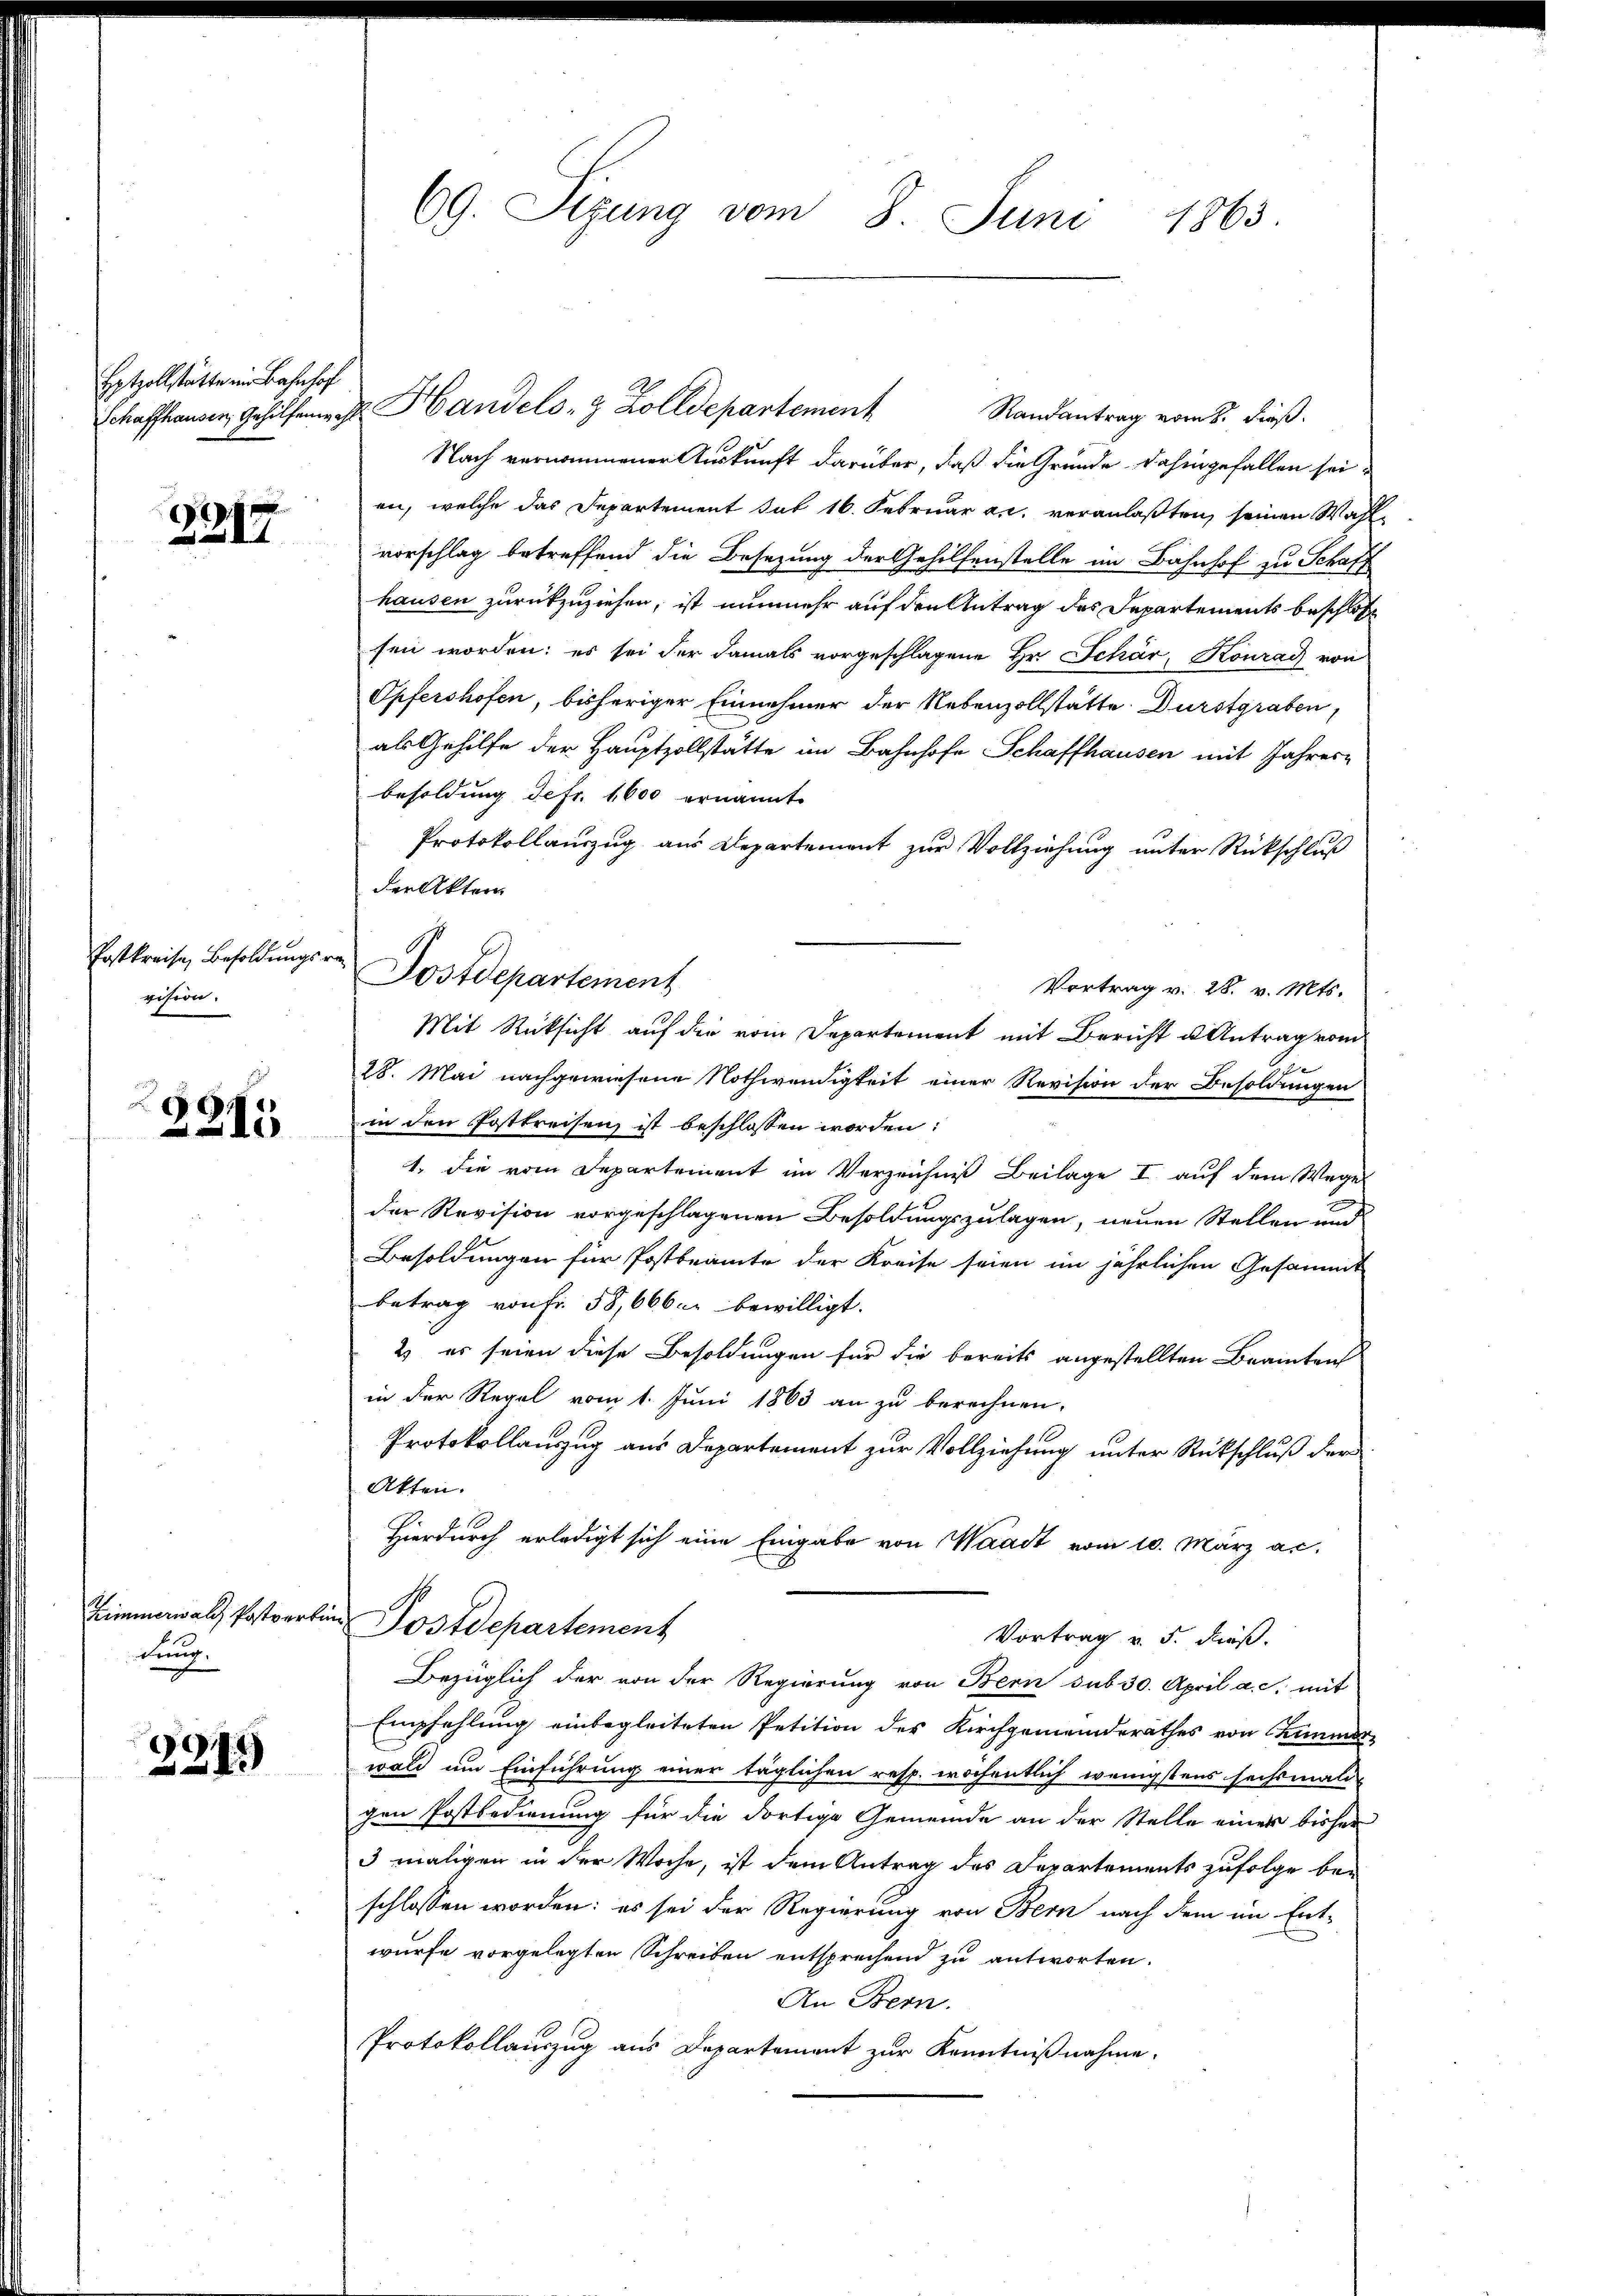
Hotzollstätte im Bahnhof

e
7)

Postkreise, Besoldungsr
vision.

215

Zimmerwalt Postverka
lung.

3215)

e

69. Sizung vom 8. Juni 1863.

Randantrag vom 8. Fuß.
Nach vernommener Auskunft darüber, daß die Gründe dahingefallen sei
en, welche das Departement sub 16. Februar a. c. veranlaßten, seinen Wahlvorschlag betreffend die Besetzung der Gehilfenstelle im Bahnhof zu Schaff
hausen zurückzuziehen, ist nunmehr auf den Antrag des Departements beschloße
fen worden; es sei der damals vorgeschlagene Hr. Schär, Konrad von
Opfershofen, bisheriger Einnehmer der Nebenzollstätte Durstgraben,
als Gehilfe der Hauptzollstätte im Bahnhofe Schaffhausen mit Jahres-
besoldung defr. 1600 ernannt
Protokollauszug aus Departement zur Vollziehung unter Rückschluß
der Akten
Vortrag v. 28. v. Mts.
Mit Rücksicht auf die vom Departement mit Bericht u. Antrag vom
18. Mai nachgewiesene Nothwendigkeit einer Revision der Besoldungen
in den Postkreisen ist beschlossen worden:
1. die vom Departement im Verzeichnis Beilage I auf dem Wege
Der Revision vorgeschlagenen Besoldungszulagen, neuen Stellen und
Besoldungen für Postbeamte der Kreise seien im jährlichen Gesammt
betrag von Fr. 58,666 c. bewilligt.
2) es seien diese Besoldungen für die bereits angestellten Beamten
in der Regel vom 1. Juni 1863 an zu berechnen.
Protokollauszug aus Departement zur Vollziehung unter Rückschluß der
Akten.
Hierdurch erledigt sich eine Eingabe von Waadt vom 10. März ac.
Postdepartement
Vortrag v. 5. dieß.
Bezüglich der von der Regierung von Bern sub 30. April a. c. mit
Empfehlung einbegleiteten Petition des Kirchgemeinderathes von Chimmer
wald um Einführung einer täglichen resp. wöchentlich wenigstens sechsmali-
gen Postbedienung für die dortige Gemeinde an der Stelle einer bisher
3 maligen in der Woche, ist dem Antrag des Departements zufolge be-
schlossen worden: es sei der Regierung von Bern nach dem im Entwürfe vorgelegten Schreiben entsprechend zu antworten.
An Bern.
Protokollauszug aus Departement zur Kenntnißnahme.

Schaffhausen, Gehilfenen Handels- & Zolldepartement

A
Sostdepartement